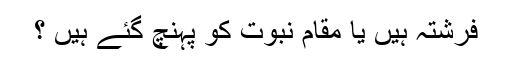
فرشتہ ہیں یا مقام نبوت کو پہنچ گئے ہیں ؟